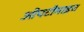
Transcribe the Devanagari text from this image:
ओपटीमाइज